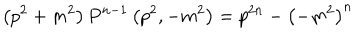
\left( p ^ { 2 } + m ^ { 2 } \right) P ^ { n - 1 } \left( p ^ { 2 } , - m ^ { 2 } \right) = p ^ { 2 n } - { \left( - m ^ { 2 } \right) } ^ { n }